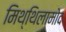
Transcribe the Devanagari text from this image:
मिथ्थिलामोद